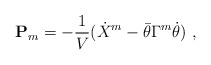
\begin{align*}{\bf P}_{m}= -{1\over V} (\dot X^m - \bar \theta \Gamma^m \dot \theta) \ ,\end{align*}